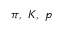
\pi , ~ K , ~ p